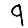
Digit: 9